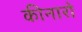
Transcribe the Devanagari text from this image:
कीनारो